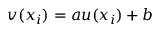
v ( x _ { i } ) = a u ( x _ { i } ) + b